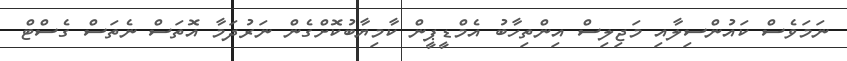
ނަމަވެސް ކައުންސިލާއި މަޖިލިސް އިންތިހާބު އެމްޑީޕީން ކާމިޔާބުކޮށްގެން ނަރުދަމާ އޮތަސް ނެތަސް ގެސްޓް